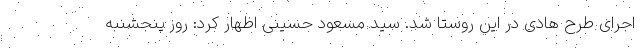
اجرای طرح هادی در این روستا شد. سید مسعود حسینی اظهار کرد: روز پنجشنبه